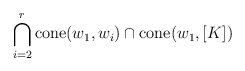
\begin{align*} \bigcap_{i=2}^r{\rm cone}(w_1,w_i) \cap {\rm cone}(w_1,[K]) \end{align*}